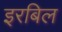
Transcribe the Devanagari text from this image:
इरबिल